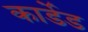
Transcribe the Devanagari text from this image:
कार्डेड